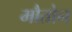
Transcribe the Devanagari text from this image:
मौतोन